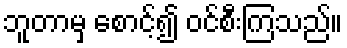
ဘူတာမှ စောင့်၍ ဝင်စီးကြသည်။